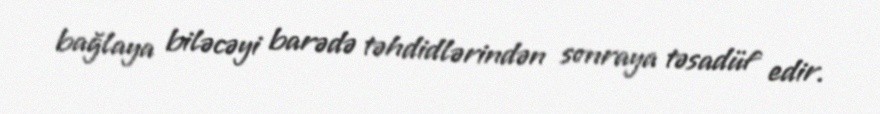
bağlaya biləcəyi barədə təhdidlərindən sonraya təsadüf edir.